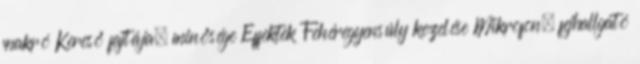
makró Kereső fajtája, minősége Effektek Fehéregyensúly kezelése Mikrofon, fejhallgató